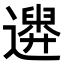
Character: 𨗮